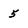
Character: 5